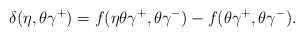
\begin{align*}\delta(\eta,\theta\gamma^+)=f(\eta\theta\gamma^+,\theta\gamma^-)-f(\theta\gamma^+,\theta\gamma^-).\end{align*}